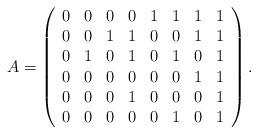
LaTeX: \begin{align*}A = \left( \begin{array} {c c c c c c c c}0 & 0 & 0 & 0 & 1 & 1 & 1 & 1 \\0 & 0 & 1 & 1 & 0 & 0 & 1 & 1 \\0 & 1 & 0 & 1 & 0 & 1 & 0 & 1 \\0 & 0 & 0 & 0 & 0 & 0 & 1 & 1 \\0 & 0 & 0 & 1 & 0 & 0 & 0 & 1 \\0 & 0 & 0 & 0 & 0 & 1 & 0 & 1 \end{array}\right).\end{align*}